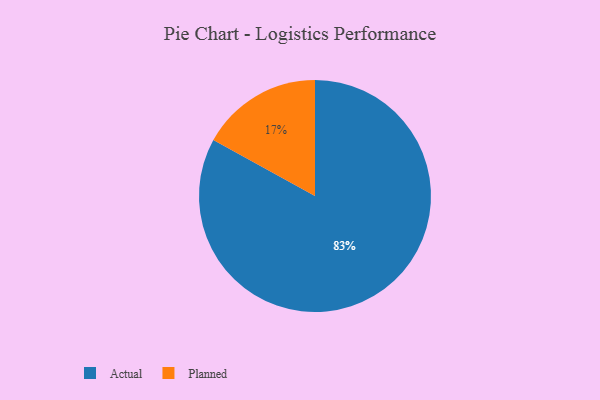
{"axis": {"x": "Category", "y": "Percentage"}, "legend": ["Actual", "Planned"], "data": [{"x": "Planned", "y": 17, "type": "Planned"}, {"x": "Actual", "y": 83, "type": "Actual"}]}